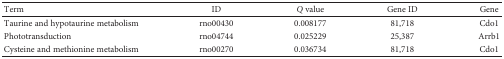
<table><thead><tr><td><b>Term</b></td><td><b>ID</b></td><td><b><i>Q</i> value</b></td><td><b>Gene ID</b></td><td><b>Gene</b></td></tr></thead><tbody><tr><td>Taurine and hypotaurine metabolism</td><td>rno00430</td><td>0.008177</td><td>81,718</td><td>Cdo1</td></tr><tr><td>Phototransduction</td><td>rno04744</td><td>0.025229</td><td>25,387</td><td>Arrb1</td></tr><tr><td>Cysteine and methionine metabolism</td><td>rno00270</td><td>0.036734</td><td>81,718</td><td>Cdo1</td></tr></tbody></table>